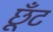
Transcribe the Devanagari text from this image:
छूँट